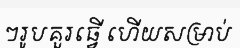
ៗរូបគួរធ្វើ ហើយសម្រាប់